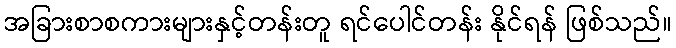
အခြားစာစကားများနှင့်တန်းတူ ရင်ပေါင်တန်း နိုင်ရန် ဖြစ်သည်။